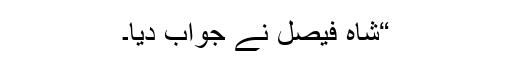
“شاہ فیصل نے جواب دیا۔